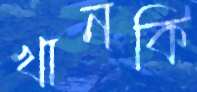
খানকি